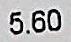
5.60